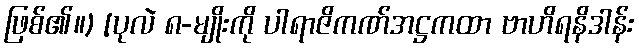
ဖြစ်၏။) [ပုလဲ ၈-မျိုးကို ပါရာဇိကဏ်အဋ္ဌကထာ ဗာဟိရနိဒါန်း